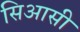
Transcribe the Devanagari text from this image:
सिआसी